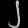
Digit: ၂